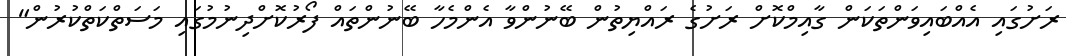
ރަށުގައި އެއްބައިވަންތަކަން ގާއިމްކޮށް ރަށުގެ ރައްޔިތުން ބޭނުންވާ އެންމެހާ ބޭނުންތައް ފޯރުކޮށްދިނުމުގައި މަސަތްކަތްކުރުން"